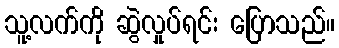
သူ့လက်ကို ဆွဲလှုပ်ရင်း ပြောသည်။